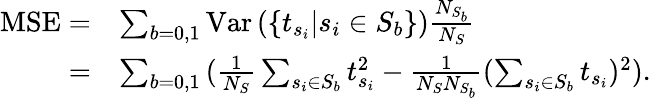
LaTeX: \begin{array}{rl}{\mathrm{MSE}=}&{\sum_{b=0,1}{\mathrm{Var}\left(\left\{ t_{s_{i}}\middle|s_{i}\in S_{b}\right\} \right)\frac{N_{S_{b}}}{N_{S}}}}\\ {=}&{\sum_{b=0,1}{(\frac{1}{N_{S}}\sum_{s_{i}\in S_{b}}t_{s_{i}}^{2}-\frac{1}{N_{S}N_{S_{b}}}(\sum_{s_{i}\in S_{b}}t_{s_{i}})^{2})}.}\end{array}